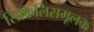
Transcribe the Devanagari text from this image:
सिफिलिसमूलक